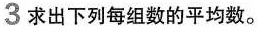
3求出下列每组数的平均数。